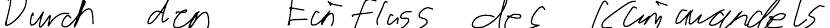
Durch den Einfluss des Klimawandels